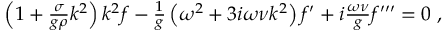
\begin{array} { r } { \left( 1 + \frac { \sigma } { g \rho } k ^ { 2 } \right) k ^ { 2 } f - \frac { 1 } { g } \left( \omega ^ { 2 } + 3 i \omega \nu k ^ { 2 } \right) f ^ { \prime } + i \frac { \omega \nu } { g } f ^ { \prime \prime \prime } = 0 \; , } \end{array}